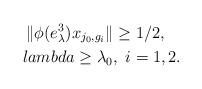
LaTeX: \begin{align*}\|\phi(e_\lambda^3)x_{j_0,g_i}\|\geq 1/2,\ \ \ \\lambda \geq\lambda_0,\ i=1,2.\end{align*}